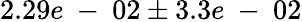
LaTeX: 2.29e\mathrm{~-~}02\pm 3.3e\mathrm{~-~}02